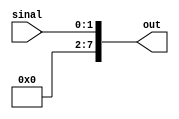
module extensor2para8(sinal, out);

	input[1:0] sinal;		// imediato
	output reg[7:0] out;	// imediato com 8 bits

	always @(sinal)
		begin
			out[1:0] <= sinal;
			out[7:2] <= 2'b000000;
		end

endmodule